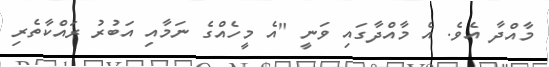
މާއްދާ އެވެ. އެ މާއްދާގައި ވަނީ "އެ މީހެއްގެ ނަމާއި އަބުރު ރައްކާތެރި